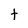
Character: t